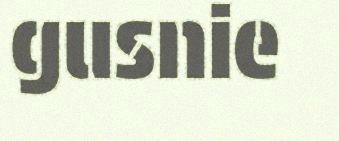
gusnie